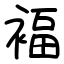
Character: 褔